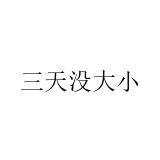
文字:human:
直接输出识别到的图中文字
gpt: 三天没大小